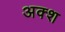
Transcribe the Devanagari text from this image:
अक्श